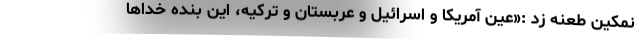
نمکین طعنه زد :«عین آمریکا و اسرائیل و عربستان و ترکیه، این بنده خداها